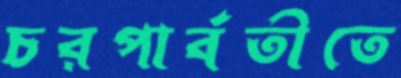
চরপার্বতীতে